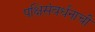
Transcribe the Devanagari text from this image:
पक्षिसंवर्धनाची